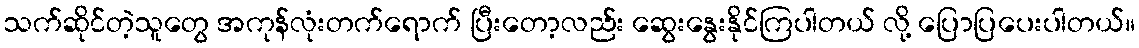
သက်ဆိုင်တဲ့သူတွေ အကုန်လုံးတက်ရောက် ပြီးတော့လည်း ဆွေးနွေးနိုင်ကြပါတယ် လို့ ပြောပြပေးပါတယ်။